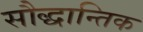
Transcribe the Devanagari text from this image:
सौद्धान्तिक